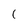
Character: 1